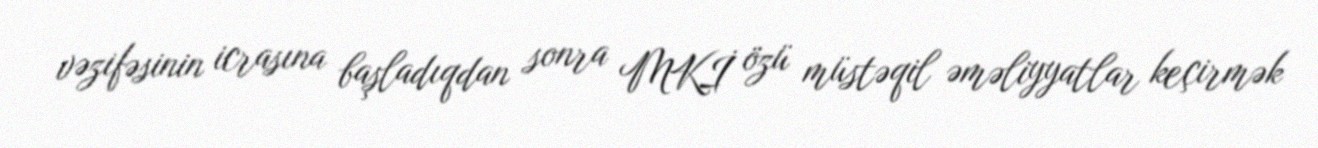
vəzifəsinin icrasına başladıqdan sonra MKİ özü müstəqil əməliyyatlar keçirmək